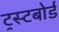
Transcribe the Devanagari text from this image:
ट्रस्टबोर्ड